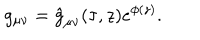
LaTeX: g _ { \mu \nu } = \hat { g } _ { \mu \nu } ( \tau , z ) e ^ { \phi ( z ) } .